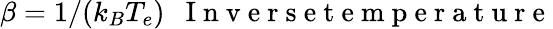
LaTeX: \beta=1/(k_{B}T_{e})~~\mathrm{~I~n~v~e~r~s~e~t~e~m~p~e~r~a~t~u~r~e~}